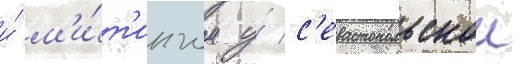
и́ м'и́т'ингом у́ с'евастопольскои